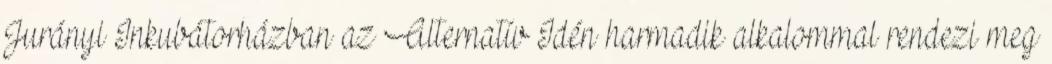
Jurányi Inkubátorházban az Alternatív Idén harmadik alkalommal rendezi meg